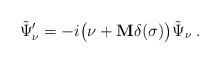
LaTeX: \begin{align*}\tilde\Psi'_\nu =-i \bigl(\nu + {\bf M}\delta(\sigma) \bigr) \tilde\Psi_\nu\>.\end{align*}